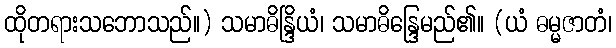
ထိုတရားသဘောသည်။) သမာဓိန္ဒြိယံ၊ သမာဓိန္ဒြေမည်၏။ (ယံ ဓမ္မဇာတံ၊